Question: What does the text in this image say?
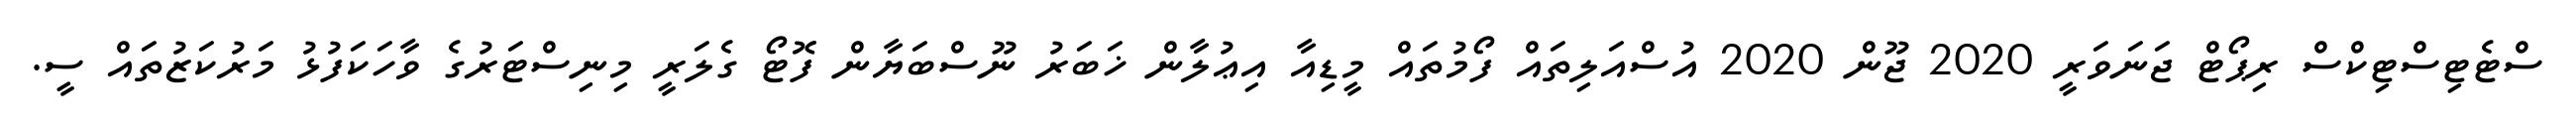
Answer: ސްޓެޓިސްޓިކްސް ރިޕޯޓް ޖަނަވަރީ 2020 ޖޫން 2020 އުސްއަލިތައް ފޯމުތައް މީޑިއާ އިޢުލާން ޚަބަރު ނޫސްބަޔާން ފޮޓޯ ގެލަރީ މިނިސްޓަރުގެ ވާހަކަފުޅު މަރުކަޒުތައް ސީ.